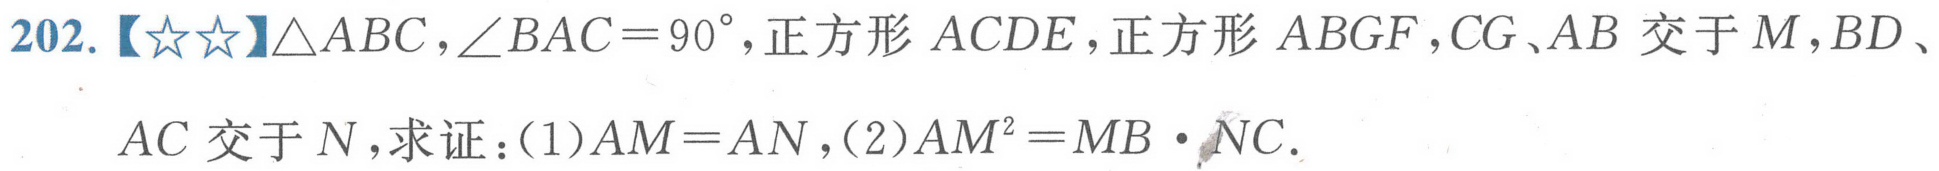
202.【★★】\(\triangle ABC,\angle BAC = 90^{\circ}\)，正方形 \(ACDE\)，正方形 \(ABGF\)，\(CG、AB\) 交于 \(M\)，\(BD、AC\) 交于 \(N\)，求证：(1)\(AM = AN\)，(2)\(AM^{2}=MB\cdot NC\).